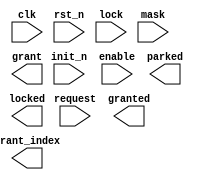
////////////////////////////////////////////////////////////////////////////////
//
//       This confidential and proprietary software may be used only
//     as authorized by a licensing agreement from Synopsys Inc.
//     In the event of publication, the following notice is applicable:
//
//                    (C) COPYRIGHT 2000 - 2018 SYNOPSYS INC.
//                           ALL RIGHTS RESERVED
//
//       The entire notice above must be reproduced on all authorized
//     copies.
//
//
// VERSION:   Verilog Simulation Architecture
//
// DesignWare_version: cf3567fd
// DesignWare_release: O-2018.06-DWBB_201806.3
//
////////////////////////////////////////////////////////////////////////////////
//
// ABSTRACT:  Arbiter with static priority scheme
//   
// MODIFIED:
//          12/21/01  RPH    Fixed the X-processing. STAR 119685 
//          02/12/03  RJK    Updated for width mismatches (STAR 162032)
//	    11/17/10  RJK    Added missing signal to sensitivity list
//                           (STAR 9000433456)
//	    09/17/13  RJK    Updated synchronous reset (init_n) operation
//                           (STAR 9000668458)
//
//-----------------------------------------------------------------------------

module DW_arb_sp (clk, rst_n, init_n, enable, request, lock, mask, 
                      parked, granted, locked, grant, grant_index);

  parameter integer n          = 4; 
  parameter integer park_mode  = 1;
  parameter integer park_index = 0;
  parameter integer output_mode = 1;

  `define DW_index_width ((n>16)?((n>64)?((n>128)?8:7):((n>32)?6:5)):((n>4)?((n>8)?4:3):((n>2)?2:1)))

  input  clk, rst_n, init_n, enable;
  input  [n-1 : 0] request, lock, mask;
  output parked, granted, locked;
  output [n-1 : 0] grant;
  output [`DW_index_width-1 : 0] grant_index;

  wire clk, rst_n;
  wire [n-1 : 0] request, lock, mask;
  wire  parked, granted, locked;
  wire [n-1 : 0] grant;
  wire [`DW_index_width-1 : 0] grant_index;

  integer priority_int[n-1 : 0];
  integer grant_index_int, grant_index_next;
  reg     parked_next, granted_int, granted_next, locked_next;
  reg 	  parked_int, locked_int;
  reg [n-1 : 0] request_masked_v;
  reg parked_v, granted_v, locked_v;
  reg  request_x, lock_x, mask_x;
  integer grant_index_v;
  integer i;


  // synopsys translate_off

  //---------------------------------------------------------------------------
  // Behavioral model
  //---------------------------------------------------------------------------

  always @(grant_index_int or granted_int or request or lock or mask)
    begin : arbitrate
      request_x = ^request;
      lock_x    = ^lock;
      mask_x    = ^mask;
      grant_index_v = -1;
      parked_v      = 1'b0;
      granted_v     = 1'b0;
      locked_v      = 1'b0;
    request_masked_v = request & ~mask;
    if ((grant_index_int < -1) && (lock !== {n{1'b0}})) begin
	grant_index_v = -2;
	locked_v      = 1'bx;
	granted_v     = 1'bx;
    end else if ((grant_index_int >= 0) &&
	      ((lock[grant_index_int] & granted_int) !== 1'b0)) begin
      if ((lock[grant_index_int] & granted_int) === 1'b1) begin
	grant_index_v = grant_index_int;
	locked_v      = 1'b1;
	granted_v     = 1'b1;
      end else begin
	grant_index_v = -2;
	locked_v      = 1'bx;
	granted_v     = 1'bx;
	parked_v      = 1'b0;
      end 
    end 
    else if (request_masked_v !== {n{1'b0}}) begin
      if (request_x === 1'bx ) begin
	grant_index_v = -2;
	granted_v = 1'bx;
	parked_v      = 1'bx;
      end 
	else begin		   
	  for (i = 0; i < n; i = i+1) begin
	    if (request_masked_v[i] === 1'b1) begin
	      if ((grant_index_v < 0) || (priority_int[i] < priority_int[grant_index_v])) begin
		grant_index_v = i;
	      end
	    end
	  end
	end // else: !if(request_x === 1'bx )
	granted_v = 1'b1;
      end
      else if (park_mode == 1) begin
	grant_index_v = park_index;
	parked_v      = 1'b1;
      end
      else begin
	grant_index_v = -1;
      end
      grant_index_next = grant_index_v;
      parked_next      = parked_v;
      granted_next     = granted_v;
      locked_next      = locked_v;
    end // arbitrate

  always @(posedge clk or negedge rst_n)
  begin : register
    if (rst_n === 1'b0) begin
      grant_index_int <= (park_mode == 0)? -1 : park_index;
      parked_int          <= 1'b1;
      granted_int         <= 1'b0;
      locked_int          <= 1'b0;
    end else if (rst_n === 1'b1) begin 
      if (init_n === 1'b0) begin
	grant_index_int <= (park_mode == 0)? -1 : park_index;
        parked_int          <= 1'b1;
        granted_int         <= 1'b0;
        locked_int          <= 1'b0;
      end else if (init_n == 1'b1) begin
        if(enable === 1'b1) begin
          grant_index_int <= grant_index_next;
          parked_int          <= parked_next;
          granted_int         <= granted_next;
          locked_int          <= locked_next;
        end
      end else begin
        grant_index_int <= -2;
        parked_int      <= 1'bx;
        granted_int     <= 1'bx;
        locked_int      <= 1'bx;
      end
    end else begin
      grant_index_int <= -2;
      parked_int      <= 1'bx;
      granted_int     <= 1'bx;
      locked_int      <= 1'bx;
    end
  end // register

  assign grant = ((output_mode==0) && (park_mode==0) && (init_n==1'b0))? {n{1'b0}} :
                 ((output_mode==0) && (park_mode==1) && (init_n==1'b0))? 1'b1 << park_index :
                 (grant_index_int == -2)? {n{1'bx}} :
		 (grant_index_next == -1 && output_mode == 0) ? {n{1'b0}} :
		 (output_mode == 0 ) ? 1'b1 << grant_index_next :
                 1'b1 << grant_index_int;
   assign grant_index = ((output_mode==0) && (park_mode==0) && (init_n==1'b0))? {`DW_index_width{1'b1}} :
                       ((output_mode==0) && (park_mode==1) && (init_n==1'b0))? park_index :
                       (grant_index_int == -2)? {`DW_index_width{1'bx}} :
                       (grant_index_int == -1 && output_mode == 1) ? {`DW_index_width{1'b1}} :
	               (grant_index_next == -1 && output_mode == 0) ? {`DW_index_width{1'b1}} :
                       (output_mode == 0) ? grant_index_next[`DW_index_width-1:0] :
                       grant_index_int[`DW_index_width-1:0];
  assign granted = ((output_mode==0) && (init_n==1'b0))? 1'b0 :
                   output_mode == 0 ? granted_next : 
	           granted_int;
   
  assign parked = (park_mode==0)? 1'b0 :
                  ((output_mode==0) && (init_n==1'b0))? 1'b1 :
                   output_mode == 0 ? parked_next : 
	           parked_int;
  assign locked = ((output_mode==0) && (init_n==1'b0))? 1'b0 :
                  output_mode == 0 ? locked_next : 
	          locked_int;


  //---------------------------------------------------------------------------
  // Parameter legality check and initializations
  //---------------------------------------------------------------------------
  
 
  initial begin : parameter_check
    integer param_err_flg;

    param_err_flg = 0;
    
    
    if ( (n < 1) || (n > 32) ) begin
      param_err_flg = 1;
      $display(
	"ERROR: %m :\n  Invalid value (%d) for parameter n (legal range: 1 to 32)",
	n );
    end
    
    if ( (park_mode < 0) || (park_mode > 1) ) begin
      param_err_flg = 1;
      $display(
	"ERROR: %m :\n  Invalid value (%d) for parameter park_mode (legal range: 0 to 1)",
	park_mode );
    end
    
    if ( (park_index < 0) || (park_index > 31) ) begin
      param_err_flg = 1;
      $display(
	"ERROR: %m :\n  Invalid value (%d) for parameter park_index (legal range: 0 to 31)",
	park_index );
    end

    for (i = 0; i < n; i = i+1) priority_int[i] <= i;

  
    if ( param_err_flg == 1) begin
      $display(
        "%m :\n  Simulation aborted due to invalid parameter value(s)");
      $finish;
    end

  end // parameter_check 



  //---------------------------------------------------------------------------
  // Report unknown clock inputs
  //---------------------------------------------------------------------------
  
  always @ (clk) begin : clk_monitor 
    if ( (clk !== 1'b0) && (clk !== 1'b1) && ($time > 0) )
      $display( "WARNING: %m :\n  at time = %t, detected unknown value, %b, on clk input.",
                $time, clk );
    end // clk_monitor 
    
  // synopsys translate_on

  `undef DW_index_width 
endmodule

//-----------------------------------------------------------------------------